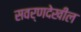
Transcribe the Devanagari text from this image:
सवर्णदेखील